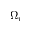
\Omega _ { r }